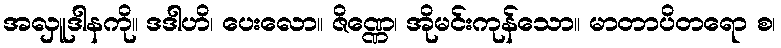
အလှူဒါနကို။ ဒဒါဟိ၊ ပေးလော။ ဇိဏ္ဏေ၊ အိုမင်းကုန်သော။ မာတာပိတရော စ၊